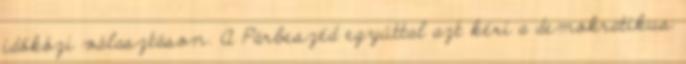
időközi választáson. A Párbeszéd egyúttal azt kéri a demokratikus